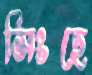
সিংহে